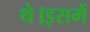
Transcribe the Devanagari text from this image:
थे।इसमें